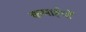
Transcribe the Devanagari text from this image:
कमाईयों